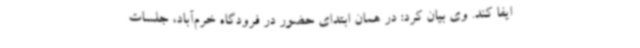
ایفا کند. وی بیان کرد: در همان ابتدای حضور در فرودگاه خرم‌آباد، جلسات